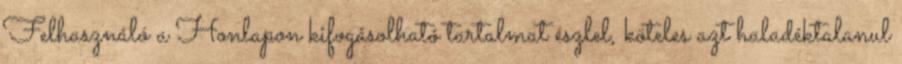
Felhasználó a Honlapon kifogásolható tartalmat észlel, köteles azt haladéktalanul